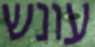
עונש